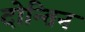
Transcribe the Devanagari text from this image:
दोन्तिन